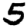
Digit: 5